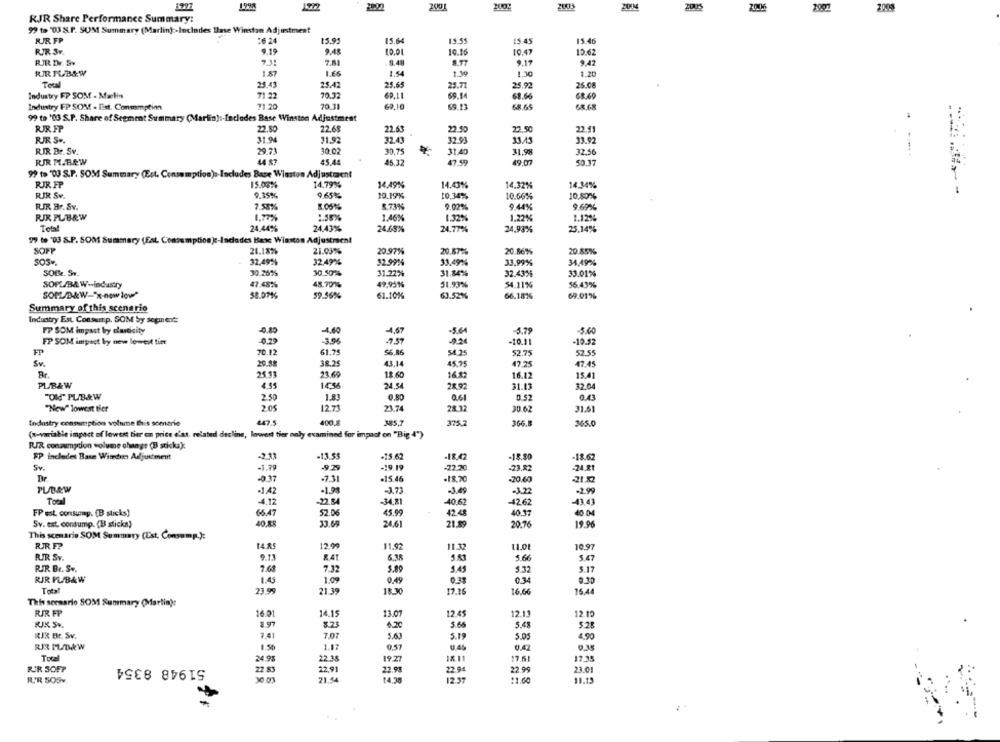
1997
199%
200!
2004
2001
2009
RJR Share Performance Summary:
99 to "03 S.P. SOM Summary (Marlin) :- Includes Base Winstan Adjustment
JIR FP
20 24
15.95
15.64
13.55
15.45
15.46
RIR SF.
9.19
9.48
10.01
10.16
10.47
13.62
RUR Dr. Sv
7.31
7.81
9.77
9.17
9.42
FURTUB&W
1.87
1.54
1.30
1.20
Total
25.43
25.42
25.65
25.71
25.92
25.08
Industry FP SOM - Mælin
71 22
70.32
69.1.1
69.14
62.66
68.69
Industry FP SOM - Est. Conmmptina
71.20
70.31
69.10
69.13
68.65
GR.68
99 to '03 S.P. Share of Segment Summary (Marlin) :- Includes Base Winston Adjustment
RIR FP
22.80
22.68
22.63
22.50
22.50
22.91
RIR SP.
31.94
31.92
32.43
32.91
33.43
33.92
RIR Br. Sv.
29.71
30 .02
30.75
31.40
31.98
32.56
RR M.BEW
44 87
45.44
45.32
47.99
19.07
50 37
99 to "03 S.P. SOM Summary (Est. Consumption) :- Includes Base Winston Adjustment
RIR FP
15.05%
14.79%
14.49%
14.43%
14.32%
14.34%
RIR Sv.
9.65%
10.19%
9.35%
10,34%
10.66%
10.80%
RIR. Br. Sv.
7.53%%
8.73%
9.02%%
9.44%
9.69%
RIR PUBRW
1.77%
1.58%
1.46%
1.32%%
1.22%
1.12%
Total
24.44%
24.43%
24.63%
24.77%
24,93%
25.14%
99 to "03 S.P. SOM Summary (Est Consumption) :- Indades Base Winston Adjustracnt
SOPP
21.18%
21.03%
20.97%
20.87%
20.86%%
20.85%
32.49%
32.49%
32.99%
33.49%
33,99%
34,49%
SOB. Sv.
30.26%
30.50%
31.22%
31.8474
32.43%
33.01%
45.70%
49,95%
51.93%
SOPL/BA W -- industry
47.45%
54.11%
56.43%
SOPL/B&W-"x-now low?
38.07%
59.56%
61.10%
63.52%
66.1876
69.01%
Summary of this scenario
Industry Est. Consumr.p. SOM by scaments
FP SOM impact by elasticity
-4.60
-4,67
-5.64
-5.79
-3.60
FP SOM impact by new lowest tier
-0.29
-3.06
-02
-10.11
-10.92
FP
70.12
61.75
56.86
54.25
52.75
52.55
Sv.
29.88
38.25
43,14
45.75
47.25
47.45
Br
25.11
23.60
18,60
16.82
16.12
15.41
PL/BAW
4.55
24.54
28.92
31.13
32.04
"OM" PUB&W
2.50
1.83
0.80
0.61
0.57
0.43
"New" lowest tier
205
12.73
23.74
28.32
30.62
31.61
Industry consumption volume this scenarie
447.5
400.8
385,7
375.2
366.8
365.0
(x-variable impact of lowest bier en price d'at. related decline, lowert tier noly examined for impact on "Big 4")
RIR consumption volume change (B sticka):
FP includes Base Winter Adjustment
-211
-11.55
-15.62
-18.42
-18.50
-18.62
Sv.
-1.79
-19.19
-22.20
-23.82
-24.81
.7.11
.15.46
-18.70
-70.60
PL/B&W
-1.42
-1.91
-3.73
-3.49
-J.22
-2.99
Total
-4.12
22.84
-34,81
40.62
-42.62
-43.43
FP est consump. (B sticks]
66.47
52.06
45.99
42.48
40 17
Sv. est. consump. (B sticks)
40 ÆR
33.64
24,61
21.89
20.76
19.96
This scenario SOM Summary (Est. Consump.):
RRF?
14.85
12.90
11.92
11.32
10.97
RIR SY.
9.1
× 41
6.35
5.83
5.66
5.47
RJR. Br. Sv.
7.32
5.80
5.45
5.32
$.17
RJR PU/BAW
1.45
1.0
0.49
0.33
0.34
0.30
23.95
21.39
18.30
17.15
16.66
16.44
This scenario SOM Summary (Martin):
RJR FP
16.01
14.15
13.07
12.45
12.11
12.10
KUK Sv.
8.23
6.2
5.60
5.48
5.25
RIK Br. Sv.
74
7.0
5.6
5.19
5.05
4.90
150
1.17
0.57
U 45
0.47
51948 8354
24.9%
22.38
19.27
18 11
17.35
22.91
22.94
23.01
RIR SOFT
22.83
22.99
RIR SOSY
30.03
21.54
14.30
12.37
$1.00
11.15